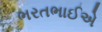
ભરતભાઈએ